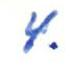
4.